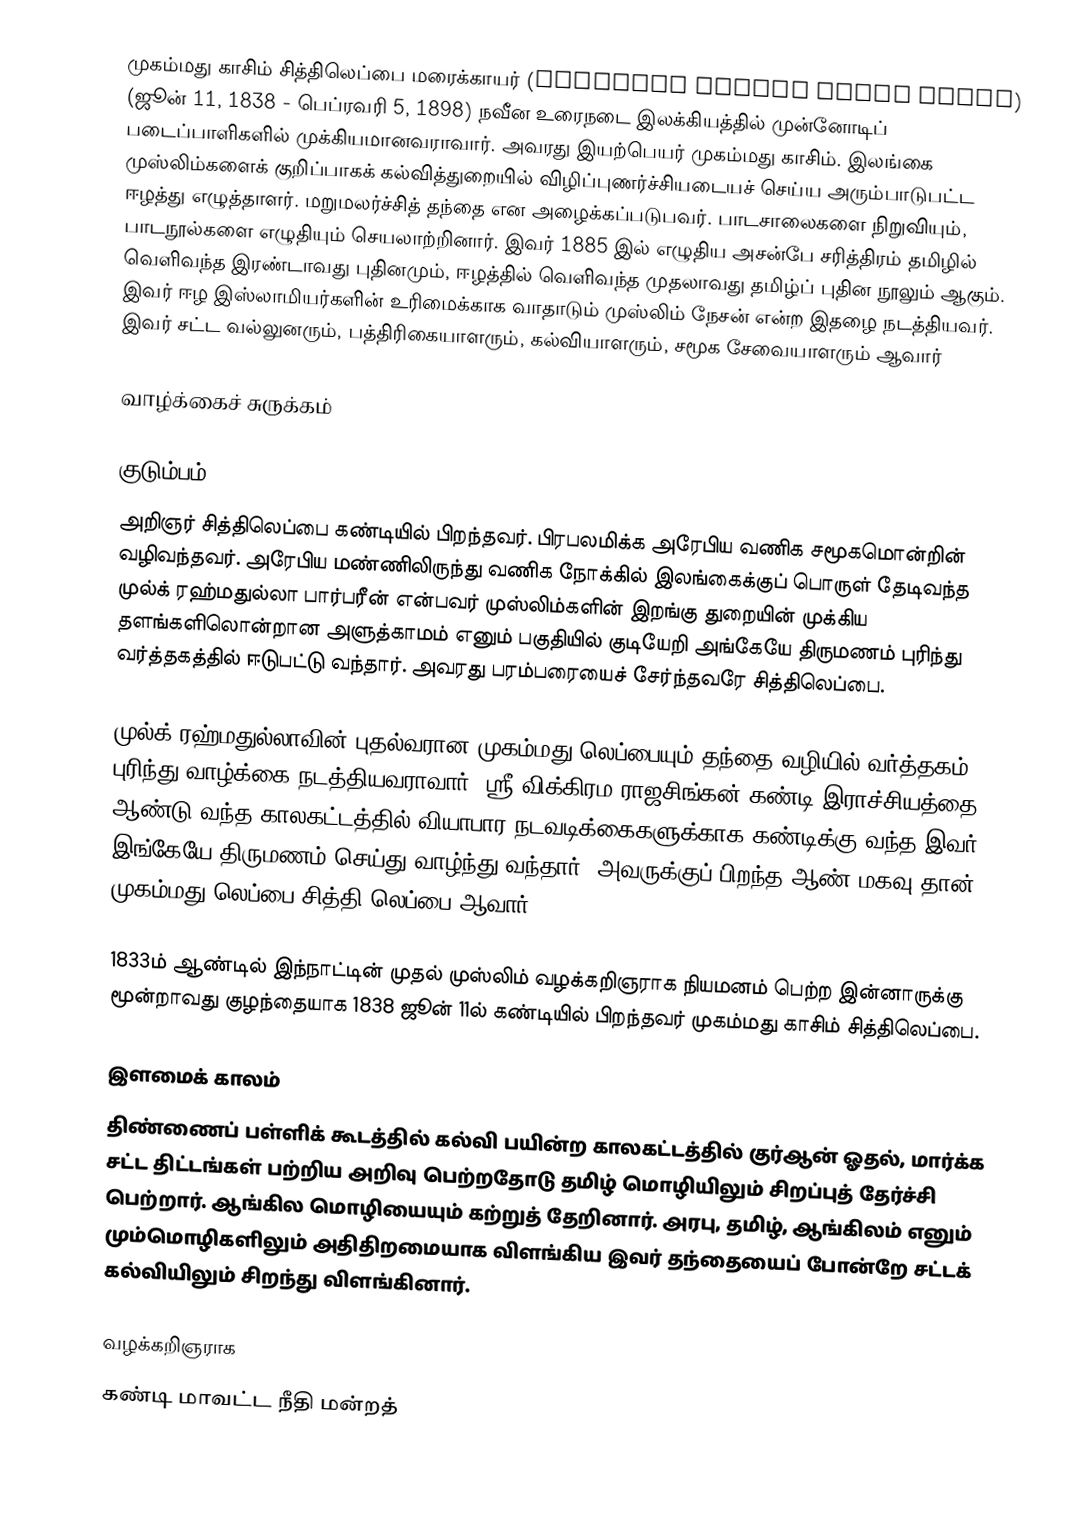
முகம்மது காசிம் சித்திலெப்பை மரைக்காயர் (Muhammad Cassim Siddi Lebbe) (ஜூன் 11, 1838 - பெப்ரவரி 5, 1898)  நவீன உரைநடை இலக்கியத்தில் முன்னோடிப் படைப்பாளிகளில் முக்கியமானவராவார். அவரது இயற்பெயர் முகம்மது காசிம். இலங்கை முஸ்லிம்களைக் குறிப்பாகக் கல்வித்துறையில் விழிப்புணர்ச்சியடையச் செய்ய அரும்பாடுபட்ட ஈழத்து எழுத்தாளர். மறுமலர்ச்சித் தந்தை என அழைக்கப்படுபவர். பாடசாலைகளை நிறுவியும், பாடநூல்களை எழுதியும் செயலாற்றினார். இவர் 1885 இல் எழுதிய அசன்பே சரித்திரம் தமிழில் வெளிவந்த இரண்டாவது புதினமும், ஈழத்தில் வெளிவந்த முதலாவது தமிழ்ப் புதின நூலும் ஆகும். இவர் ஈழ இஸ்லாமியர்களின் உரிமைக்காக வாதாடும் முஸ்லிம் நேசன் என்ற இதழை நடத்தியவர். இவர் சட்ட வல்லுனரும், பத்திரிகையாளரும், கல்வியாளரும், சமூக சேவையாளரும் ஆவார்

வாழ்க்கைச் சுருக்கம்

குடும்பம்
அறிஞர் சித்திலெப்பை கண்டியில் பிறந்தவர். பிரபலமிக்க அரேபிய வணிக சமூகமொன்றின் வழிவந்தவர். அரேபிய மண்ணிலிருந்து வணிக நோக்கில் இலங்கைக்குப் பொருள் தேடிவந்த முல்க் ரஹ்மதுல்லா பார்பரீன் என்பவர் முஸ்லிம்களின் இறங்கு துறையின் முக்கிய தளங்களிலொன்றான அளுத்காமம் எனும் பகுதியில் குடியேறி அங்கேயே திருமணம் புரிந்து வர்த்தகத்தில் ஈடுபட்டு வந்தார். அவரது பரம்பரையைச் சேர்ந்தவரே சித்திலெப்பை.

முல்க் ரஹ்மதுல்லாவின் புதல்வரான முகம்மது லெப்பையும் தந்தை வழியில் வர்த்தகம் புரிந்து வாழ்க்கை நடத்தியவராவார். ஸ்ரீ விக்கிரம ராஜசிங்கன் கண்டி இராச்சியத்தை ஆண்டு வந்த காலகட்டத்தில் வியாபார நடவடிக்கைகளுக்காக கண்டிக்கு வந்த இவர் இங்கேயே திருமணம் செய்து வாழ்ந்து வந்தார். அவருக்குப் பிறந்த ஆண் மகவு தான் முகம்மது லெப்பை சித்தி லெப்பை ஆவார்.

1833ம் ஆண்டில் இந்நாட்டின் முதல் முஸ்லிம் வழக்கறிஞராக நியமனம் பெற்ற இன்னாருக்கு மூன்றாவது குழந்தையாக 1838 ஜூன் 11ல் கண்டியில் பிறந்தவர் முகம்மது காசிம் சித்திலெப்பை.

இளமைக் காலம்
திண்ணைப் பள்ளிக் கூடத்தில் கல்வி பயின்ற காலகட்டத்தில் குர்ஆன் ஓதல், மார்க்க சட்ட திட்டங்கள் பற்றிய அறிவு பெற்றதோடு தமிழ் மொழியிலும் சிறப்புத் தேர்ச்சி பெற்றார். ஆங்கில மொழியையும் கற்றுத் தேறினார். அரபு, தமிழ், ஆங்கிலம் எனும் மும்மொழிகளிலும் அதிதிறமையாக விளங்கிய இவர் தந்தையைப் போன்றே சட்டக் கல்வியிலும் சிறந்து விளங்கினார்.

வழக்கறிஞராக
கண்டி மாவட்ட நீதி மன்றத்